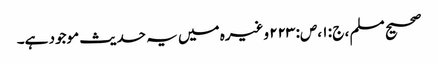
صحیح مسلم ، ج : ۱ ،ص: ۲۲۳ وغیرہ میں یہ حدیث موجود ہے۔